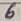
Text: 6